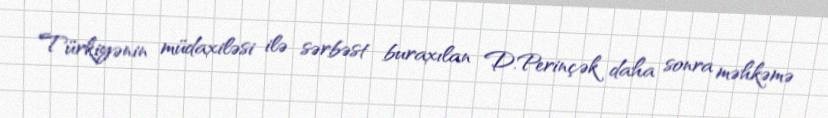
Türkiyənin müdaxiləsi ilə sərbəst buraxılan D.Perinçək daha sonra məhkəmə